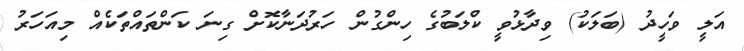
އަލީ ވަހީދު (ބަލަކު) ވިދާޅުވީ ކްލަބުގެ ހިންގުން ހަރުދަނާކޮށް ގިނަ ކަންތައްތަކެއް މިއަހަރު